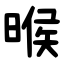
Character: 㬋